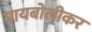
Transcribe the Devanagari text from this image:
मायबोलीकर